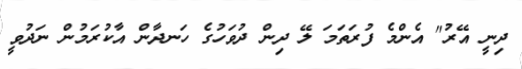
ދިނީ އޭރު" އެންމެ ފުރަތަމަ ލޭ ދިން ދުވަހުގެ ހަނދާން އާކުރަމުން ނަދުވީ